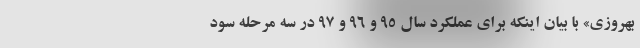
بهروزی» با بیان اینکه برای عملکرد سال ۹۵ و ۹۶ و ۹۷ در سه مرحله سود